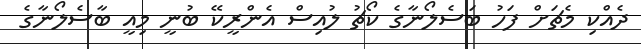
ދެއްކި މެޗަށް ފަހު ބަސެލޯނާގެ ކޯޗު ލުއިސް އެންރީކޭ ބުނީ މިއީ ބާސެލޯނާގެ